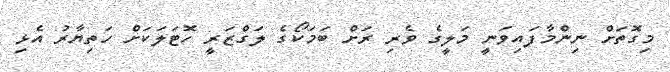
މިގޮތަށް ނިންމާފައިވަނީ މަލީގެ ވެރި ރަށް ބަމަކޯގެ ލަގްޒަރީ ހޮޓަލަކަށް ހަތިޔާރު އެޅި